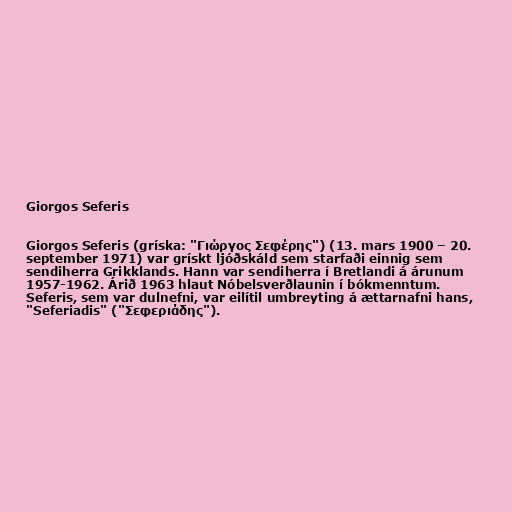
Giorgos Seferis

Giorgos Seferis (gríska: "Γιώργος Σεφέρης") (13. mars 1900 – 20.
september 1971) var grískt ljóðskáld sem starfaði einnig sem
sendiherra Grikklands. Hann var sendiherra í Bretlandi á árunum
1957-1962. Árið 1963 hlaut Nóbelsverðlaunin í bókmenntum.
Seferis, sem var dulnefni, var eilítil umbreyting á ættarnafni hans,
"Seferiadis" ("Σεφεριάδης").